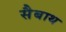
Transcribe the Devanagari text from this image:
सैबाथ